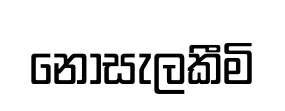
නොසැලකීමි